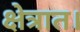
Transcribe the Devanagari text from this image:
क्षेत्रात।